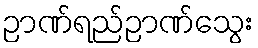
ဉာဏ်ရည်ဉာဏ်သွေး